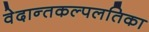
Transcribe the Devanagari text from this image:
वेदान्तकल्पलतिका